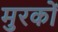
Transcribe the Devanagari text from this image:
मुरकों